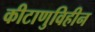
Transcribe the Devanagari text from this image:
कीटाणुविहीन